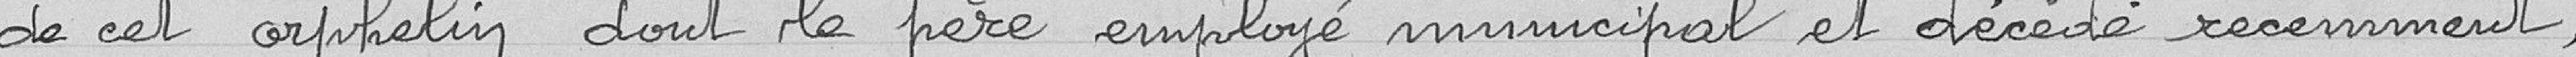
de cet orphelin dont le père employé municipal est décédé récemment.